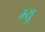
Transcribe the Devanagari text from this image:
भ्यू